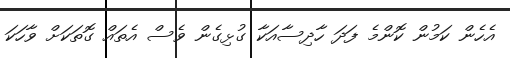
އެހެން ކަމުން ކޮންމެ ފަދަ ހާދިސާއަކާ ގުޅިގެން ވެސް އެތައް ގޮތަކަށް ވާހަކަ